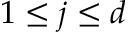
1 \leq j \leq d